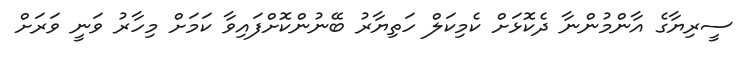
ސީރިޔާގެ އާންމުންނާ ދެކޮޅަށް ކެމިކަލް ހަތިޔާރު ބޭނުންކޮށްފައިވާ ކަމަށް މިހާރު ވަނީ ވަރަށް